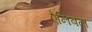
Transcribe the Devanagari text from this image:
ऐनिबल